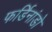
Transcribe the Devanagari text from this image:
फर्डिनांडो